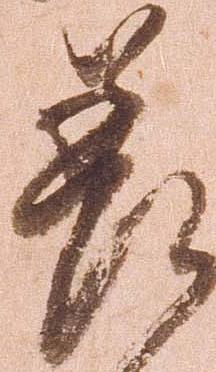
差